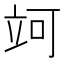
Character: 𥩤